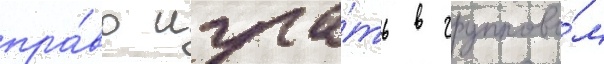
пра́во игра́ть в группово́м